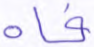
فاه